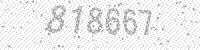
Solution: 818667